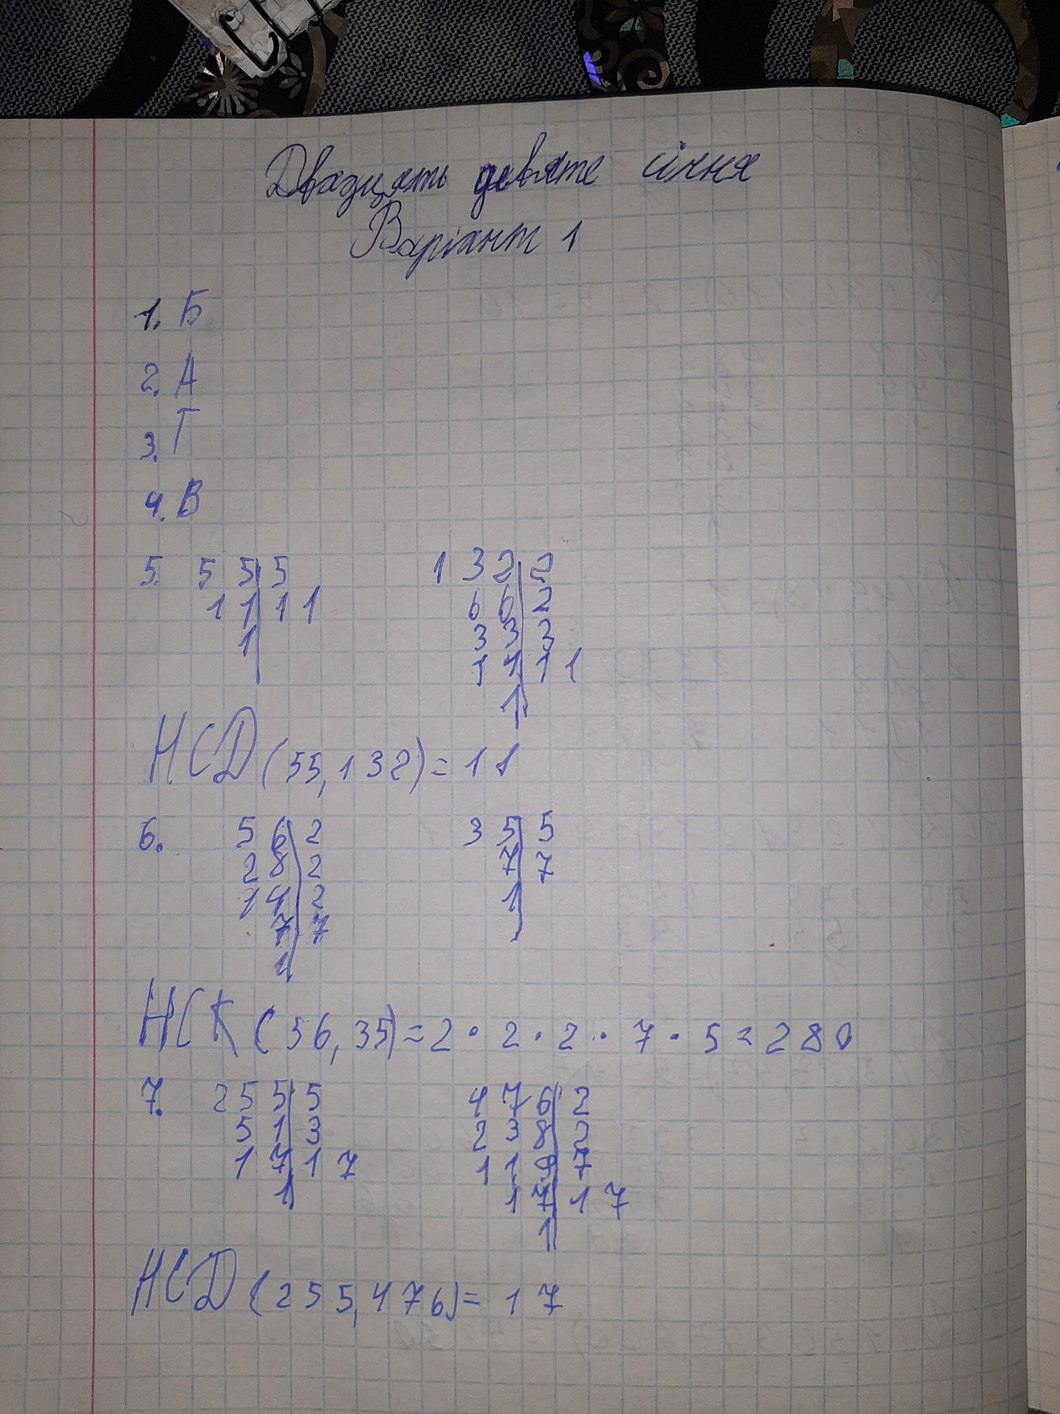
Двадцять девяте січня
Варіант 1
1. Б
2. А
3. Г
4. В
\begin{array}{r|l} 132 & 2 \\ 66 & 2 \\ 33 & 2  \\ 11 & 11\\1 & \end{array}
5.
\begin{array}{r|l} 55 & 5 \\ 11 & 11 \\   1 & \end{array}
HCD(55, 132) = 11
6.
\begin{array}{r|l} 35 & 5 \\ 7 & 7 \\ 1 & \end{array}
\begin{array}{r|l} 56 & 2 \\ 28 & 2 \\ 14 & 2\\ 7 & 7 \\  1 & \end{array}
HCK(56, 35) = 2 \cdot 2 \cdot 2 \cdot 7 \cdot 5 = 280
7.
\begin{array}{r|l} 255 & 5 \\ 51 & 3 \\ 17 & 17\\  1 & \end{array}
\begin{array}{r|l} 476 & 2 \\ 238 & 2 \\ 119 & 7\\ 17 & 17  \\ 1 & \end{array}
HCD(255, 476) = 17